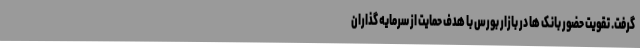
گرفت. تقویت حضور بانک ها در بازار بورس با هدف حمایت از سرمایه گذاران